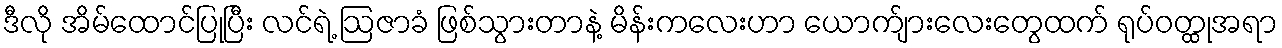
ဒီလို အိမ်ထောင်ပြုပြီး လင်ရဲ့ ဩဇာခံ ဖြစ်သွားတာနဲ့ မိန်းကလေးဟာ ယောက်ျားလေးတွေထက် ရုပ်ဝတ္ထုအရာ